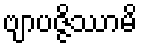
ဗျာပဇ္ဇိဿာမိ